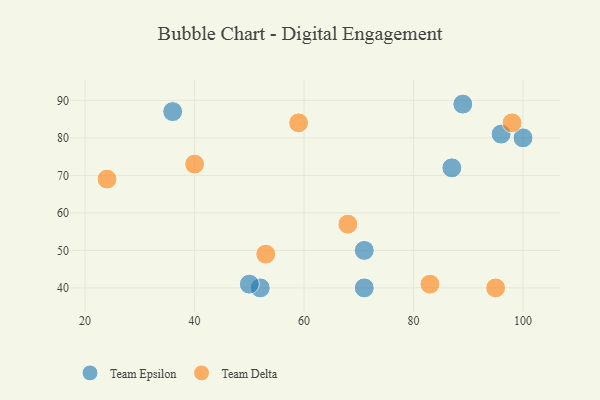
{"axis": {"x": "GDP", "y": "Life Expectancy"}, "legend": ["Team Delta", "Team Epsilon"], "data": [{"x": "52", "y": 40, "type": "Team Epsilon"}, {"x": "96", "y": 81, "type": "Team Epsilon"}, {"x": "50", "y": 41, "type": "Team Epsilon"}, {"x": "36", "y": 87, "type": "Team Epsilon"}, {"x": "89", "y": 89, "type": "Team Epsilon"}, {"x": "71", "y": 40, "type": "Team Epsilon"}, {"x": "87", "y": 72, "type": "Team Epsilon"}, {"x": "71", "y": 50, "type": "Team Epsilon"}, {"x": "100", "y": 80, "type": "Team Epsilon"}, {"x": "53", "y": 49, "type": "Team Delta"}, {"x": "59", "y": 84, "type": "Team Delta"}, {"x": "40", "y": 73, "type": "Team Delta"}, {"x": "68", "y": 57, "type": "Team Delta"}, {"x": "98", "y": 84, "type": "Team Delta"}, {"x": "95", "y": 40, "type": "Team Delta"}, {"x": "24", "y": 69, "type": "Team Delta"}, {"x": "83", "y": 41, "type": "Team Delta"}]}